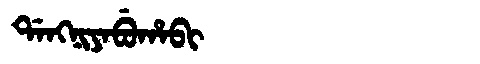
Manchu: ᡩᠠᠩᠨᡳᠶᠠᠪᡠᡥᠠᠪᡳ
Romanization: DANGNIYABUHABI